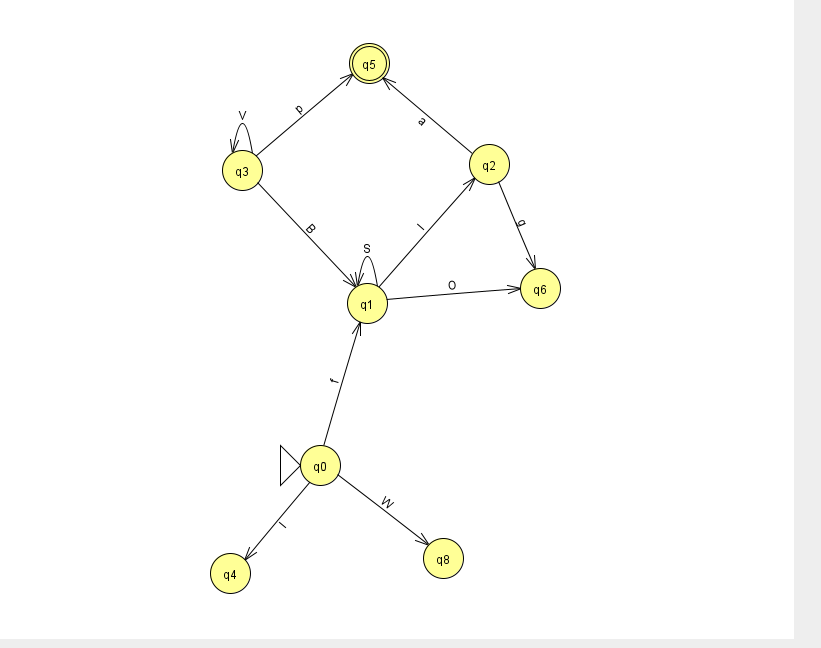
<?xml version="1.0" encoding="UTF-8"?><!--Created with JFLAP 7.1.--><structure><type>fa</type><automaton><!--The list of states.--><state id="0" name="q0"><x>320.0</x><y>452.0</y><initial/></state><state id="1" name="q1"><x>367.0</x><y>290.0</y></state><state id="2" name="q2"><x>489.0</x><y>151.0</y></state><state id="3" name="q3"><x>242.0</x><y>157.0</y></state><state id="4" name="q4"><x>230.0</x><y>560.0</y></state><state id="5" name="q5"><x>369.0</x><y>50.0</y><final/></state><state id="6" name="q6"><x>540.0</x><y>275.0</y></state><state id="8" name="q8"><x>443.0</x><y>545.0</y></state><!--The list of transitions.--><transition><from>2</from><to>5</to><read>a</read></transition><transition><from>0</from><to>4</to><read>l</read></transition><transition><from>3</from><to>1</to><read>B</read></transition><transition><from>2</from><to>6</to><read>g</read></transition><transition><from>1</from><to>1</to><read>S</read></transition><transition><from>1</from><to>2</to><read>I</read></transition><transition><from>3</from><to>3</to><read>V</read></transition><transition><from>1</from><to>6</to><read>O</read></transition><transition><from>0</from><to>1</to><read>f</read></transition><transition><from>0</from><to>8</to><read>W</read></transition><transition><from>3</from><to>5</to><read>p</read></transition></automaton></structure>